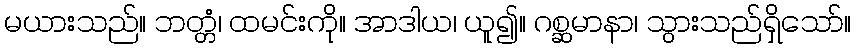
မယားသည်။ ဘတ္တံ၊ ထမင်းကို။ အာဒါယ၊ ယူ၍။ ဂစ္ဆမာနာ၊ သွားသည်ရှိသော်။